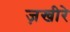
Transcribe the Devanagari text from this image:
ज़खीरे